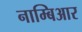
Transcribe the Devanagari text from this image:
नाम्बिआर